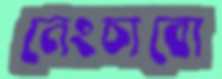
নেংচাবো